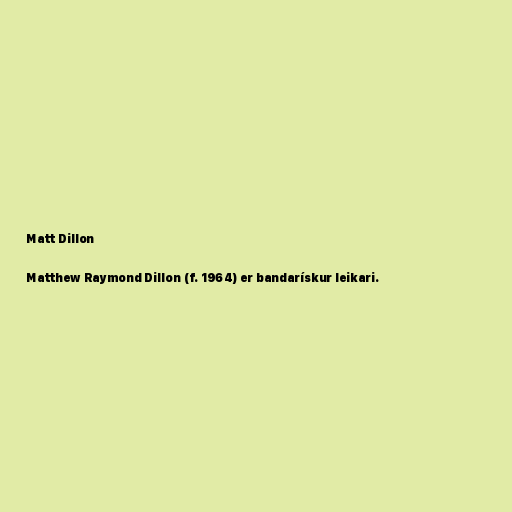
Matt Dillon

Matthew Raymond Dillon (f. 1964) er bandarískur leikari.